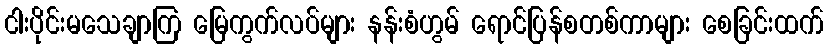
ငါးပိုင်းမသေချာကြ မြေကွက်လပ်များ နန်းစံဟွမ် ရောင်ပြန်စတစ်ကာများ စေခြင်းထက်